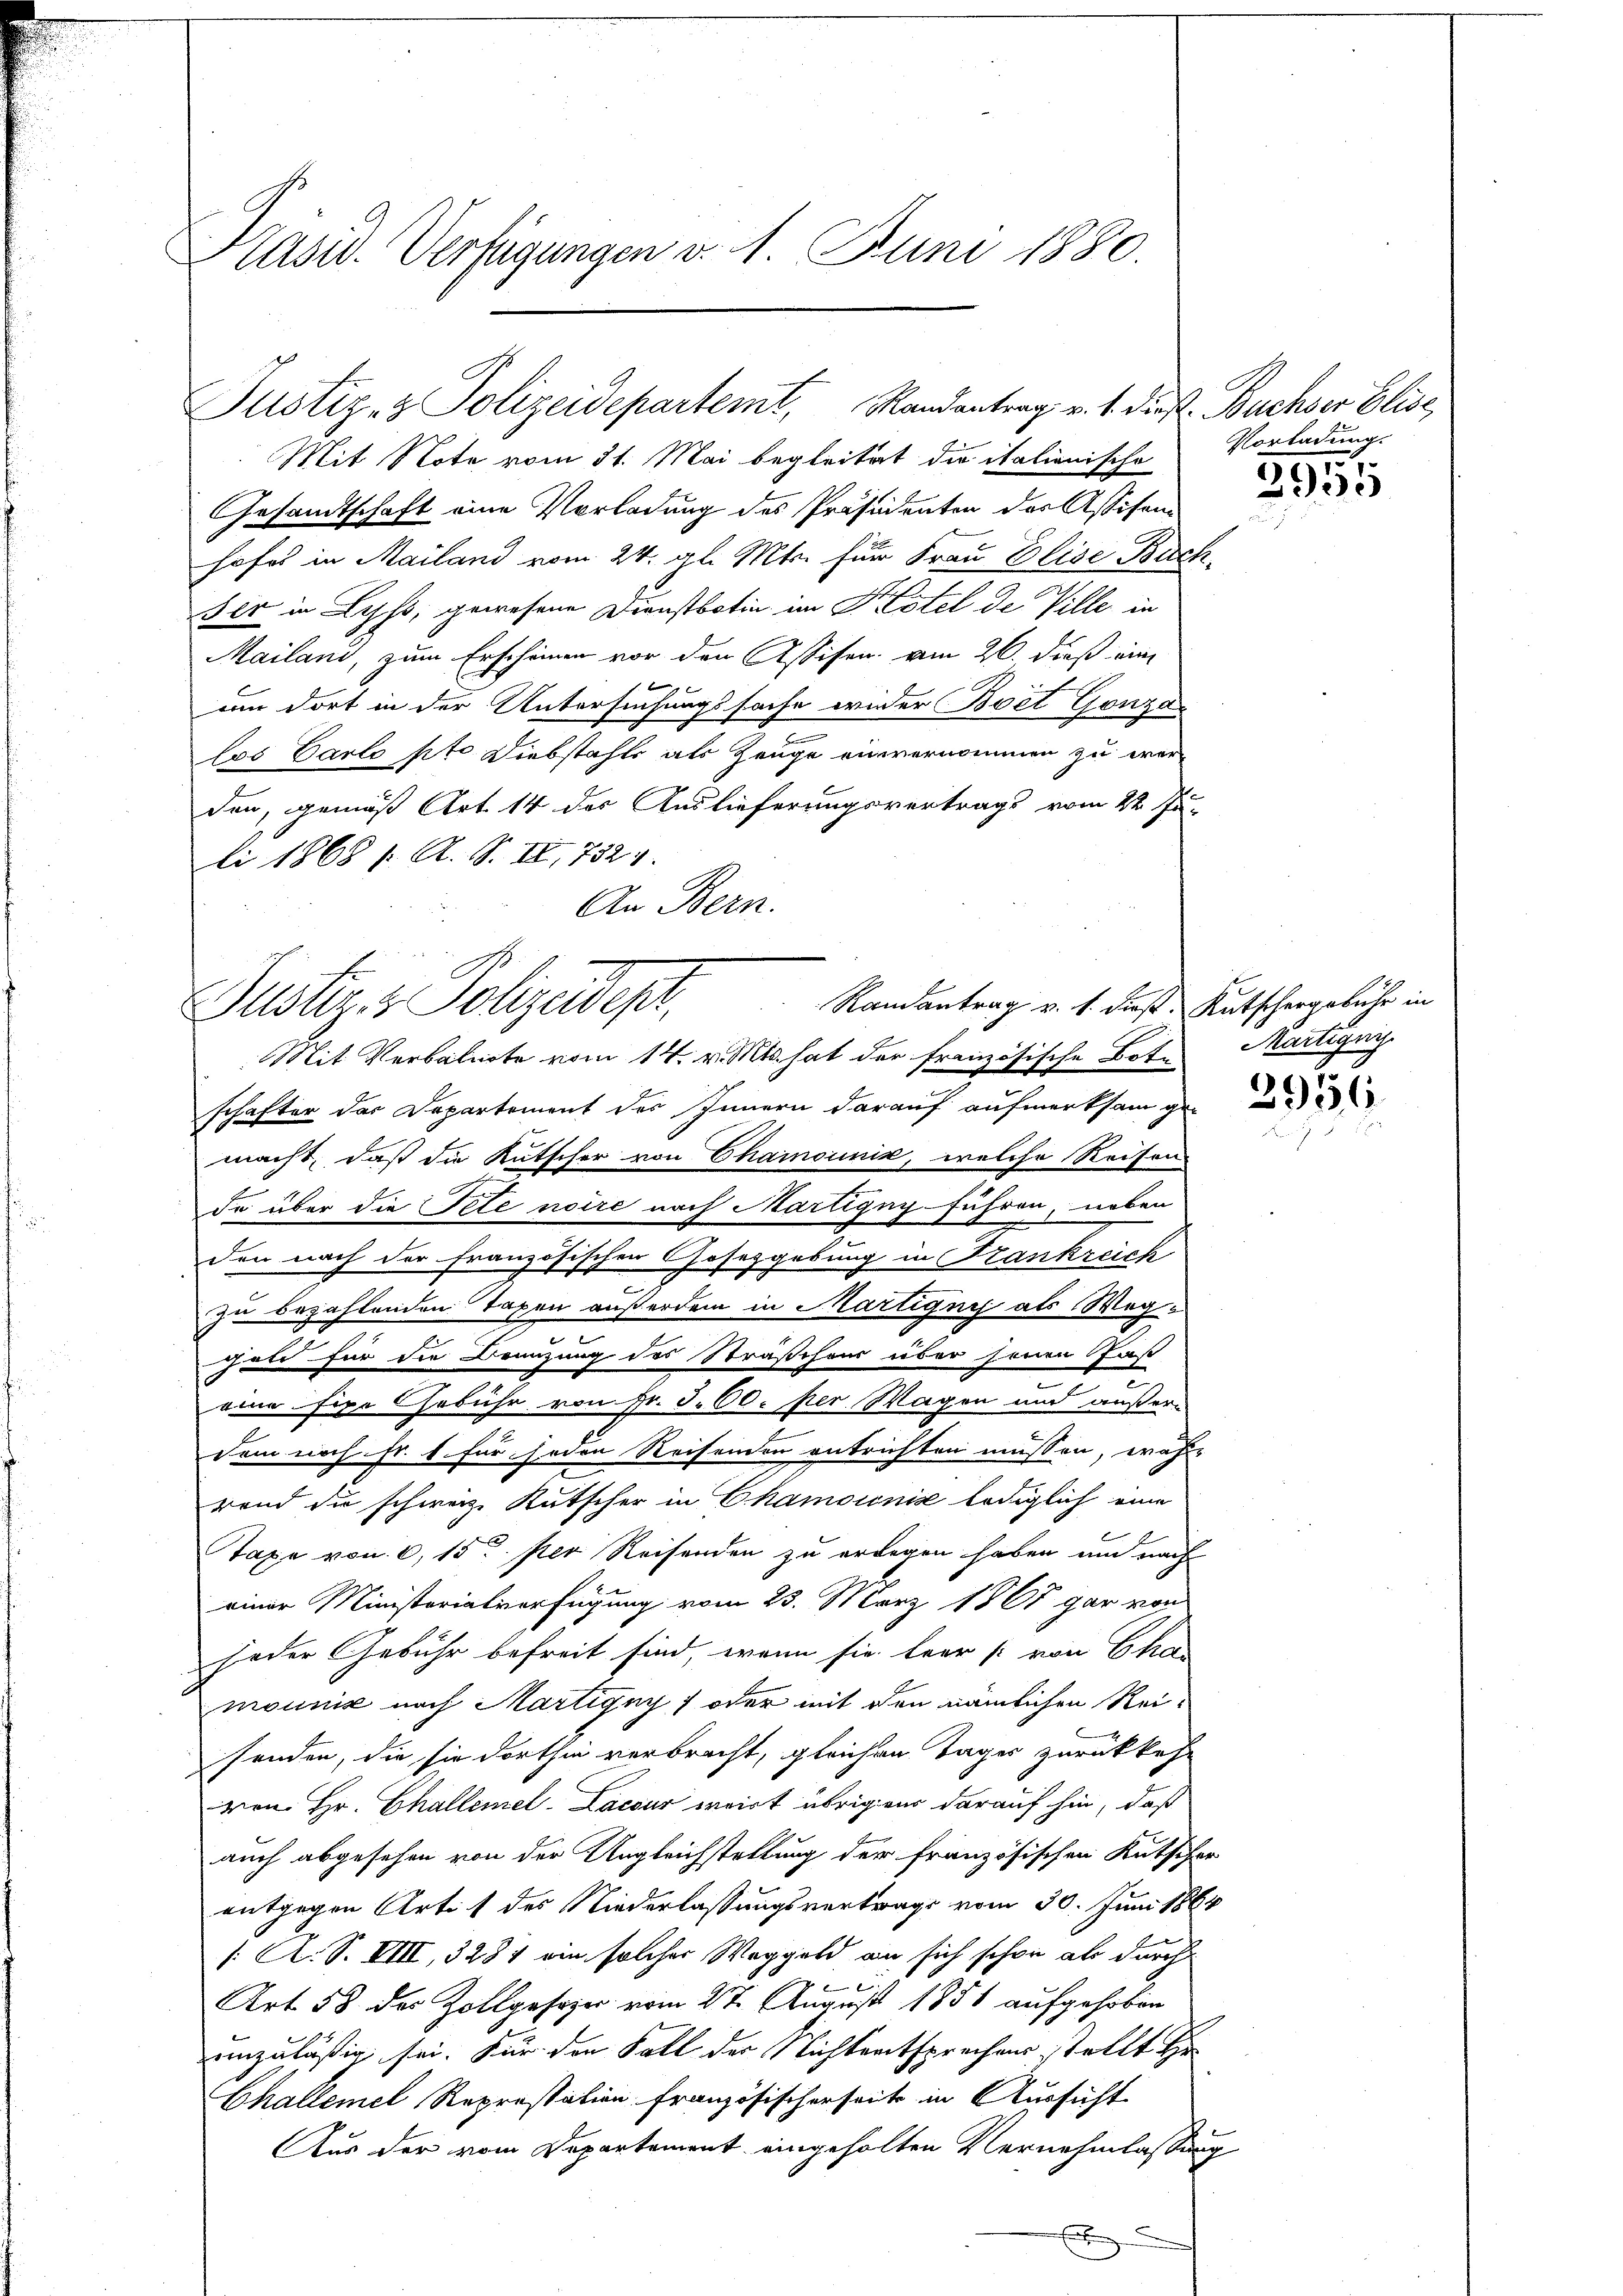
Präsid. Verfügungen v. 1. Juni 1880.

Justiz- & Polizeidepartemt, Randantrag v. 1. dies Buchser Elise,

Gesandtschaft eine Vorladung des Präsidenten der Assisem
hofes in Mailand vom 24. gl. Mts. für Frau Elise Buch
ser in Lehr, gewesene Dienstboten im Hotel de Ville in
Mailand, zum Erscheinen vor den Assisen vom 26. dieß ein
 x
um dort in der Untersuchungssache wider Beet Gonze
n
los Carlo pto Diebstahls als Zeuge einvernommen zu wer
den, gemäß Art. 14 des Auslieferungsvertrags vom 22 Ju-
li 1868 f. A. S. II, 732 1
An Bern.

Randantrag v. 1. dieß. Kutschergebühr in
Justiz & Polizeidep

Mit Note vom 31. Mai begleitet die italionischo

Mit Verbalnote vom 14. v. Mts. hat der französische Bote Martigny
schafter das Departement des Innern darauf aufmerksam ge-
macht, daß die Kutscher von Chainoinić, welche Reisen
de über die Pete noire nach Martigny-führen, neben
den nach der französischen Gosezgebung in Frankreich
c
zu bezahlenden Taxen außerdem in Martigny als Weggold für die Benzung des Sträßchens über seinen Fas
eine fixe Gebühr von Fr. 3. 60. per Wagen und außerdem noch Fr. 1. für jeden Reisenden entrichten müssen, wahr-
rend die schweiz. Kutscher in Chamoionis lediglich eine
b
Taxe von 6, 15 per Reisenden zu erlegen haben um nach
einer Ministeriatsverfügung vom 23. März 1867 gar von
jeder Gebühr befreit sind, wenn sie leer (von Char
mounis nach Martigny ; oder mit den nämlichen Reifenden, die sie dorthin verbracht, gleichen Tages zurückkehr
von Hr. Challemel-Lacsur weist übrigen darauf hin, daß
auch abgesehen von der Ungleichstellung der französischen Kutscher-
entgegen Artit des Niederlassungsvertrags vom 30. Juni 1864
1: A. S. VIII, 3281 ein solcher Weggeld an sich schon als durch

Art 58 des Zollgesezer vom 27. August 1851 aufgehoben
unzuläßig sei. Für den Fall der Nichtentsprechens stellt Hr
Challemel Represtation französischerseits in Aussicht
Aus der vom Departement eingeholten Vernehmlassung
x

Vorladung.

6

3955

2956.